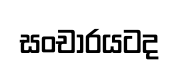
සංචාරයටද